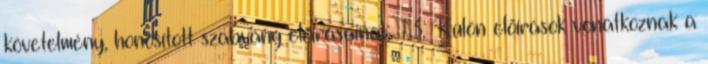
követelmény, honosított szabvány elõírásainak. 1.3. Külön elõírások vonatkoznak a